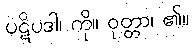
ပဋိပဒါ၊ ကို။ ဝုတ္တာ၊ ၏။